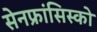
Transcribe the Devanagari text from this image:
सेनफ्रांसिस्को